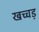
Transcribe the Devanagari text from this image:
खच्चड़